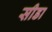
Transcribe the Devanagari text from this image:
सीडा